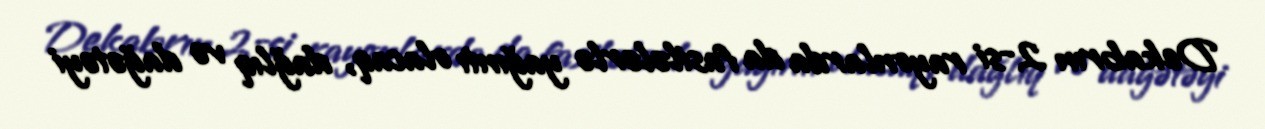
Dekabrın 2-si rayonlarda da fasilələrlə yağıntı olacaq, dağlıq və dağətəyi